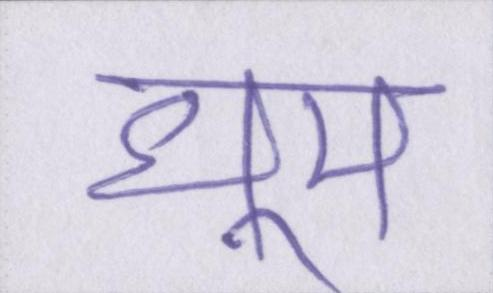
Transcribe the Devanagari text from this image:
धूम